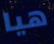
هيا